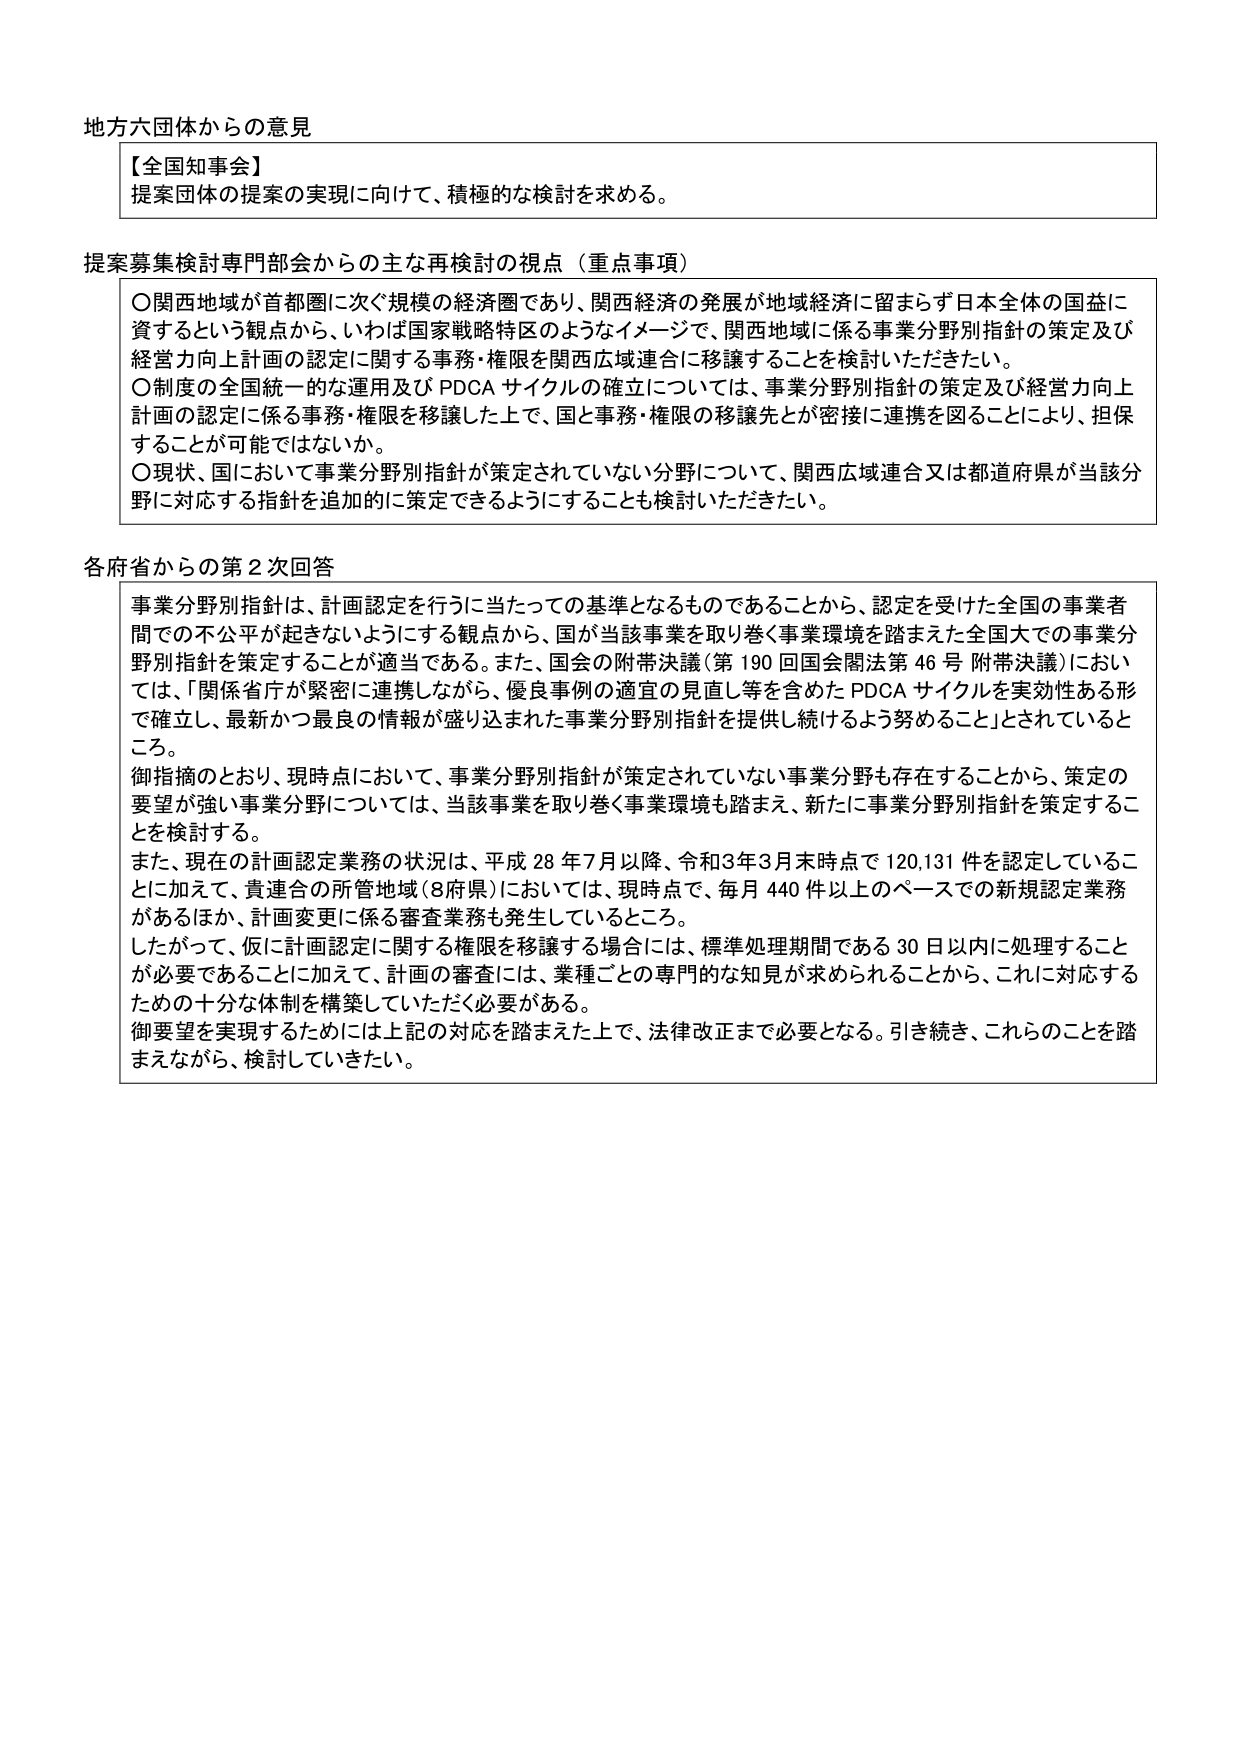
地方六団体からの意見

【全国知事会】
提案団体の提案の実現に向けて、積極的な検討を求める。

提案募集検討専門部会からの主な再検討の視点（重点事項）
〇関西地域が首都圏に次ぐ規模の経済圏であり、関西経済の発展が地域経済に留まらず日本全体の国益に資するという観点から、いわば国家戦略特区のようなイメージで、関西地域に係る事業分野別指針の策定及び経営力向上計画の認定に関する事務・権限を関西広域連合に移譲することを検討いただきたい。
〇制度の全国統一的な運用及びPDCAサイクルの確立については、事業分野別指針の策定及び経営力向上計画の認定に係る事務・権限を移譲した上で、国と事務・権限の移譲先とが密接に連携を図ることにより、担保することが可能ではないか。
〇現状、国において事業分野別指針が策定されていない分野について、関西広域連合又は都道府県が当該分野に対応する指針を追加的に策定できるようにすることも検討いただきたい。

各府省からの第2次回答
事業分野別指針は、計画認定を行うに当たっての基準となるものであることから、認定を受けた全国の事業者間での不公平が起きないようにする観点から、国が当該事業を取り巻く事業環境を踏まえた全国大での事業分野別指針を策定することが適当である。また、国会の附帯決議（第190回国会関法第46号附帯決議）においては、「関係省庁が緊密に連携しながら、優良事例の適宜の見直し等を含めたPDCAサイクルを実効性ある形で確立し、最新かつ最良の情報が盛り込まれた事業分野別指針を提供し続けるよう努めること」とされているところ。
御指摘のとおり、現時点において、事業分野別指針が策定されていない事業分野も存在することから、策定の要望が強い事業分野については、当該事業を取り巻く事業環境も踏まえ、新たに事業分野別指針を策定することを検討する。
また、現在の計画認定業務の状況は、平成28年7月以降、令和3年3月末時点で120,131件を認定していることに加えて、貴連合の所管地域（8府県）においては、現時点で、毎月440件以上のペースでの新規認定業務があるほか、計画変更に係る審査業務も発生しているところ。
したがって、仮に計画認定に関する権限を移譲する場合には、標準処理期間である30日以内に処理することが必要であること加えて、計画の審査には、業種ごとの専門的な知見が求められることから、これに対応するための十分な体制を構築していただく必要がある。
御要望を実現するためには上記の対応を踏まえた上で、法律改正まで必要となる。引き続き、これらのこと踏まえながら、検討していきたい。